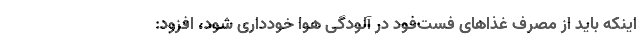
اینکه باید از مصرف غذاهای فست‌فود در آلودگی هوا خودداری شود، افزود: